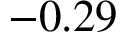
- 0 . 2 9